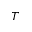
T